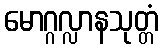
မောဂ္ဂလ္လာနသုတ္တံ